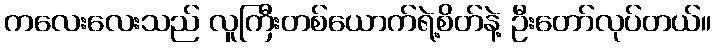
ကလေးလေးသည် လူကြီးတစ်ယောက်ရဲ့စိတ်နဲ့ ဦးတော်လုပ်တယ်။